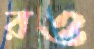
রও